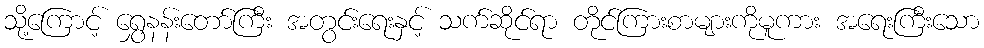
သို့ကြောင့် ရွှေနန်းတော်ကြီး အတွင်းရေးနှင့် သက်ဆိုင်ရာ တိုင်ကြားစာများကိုမူကား အရေးကြီးသော